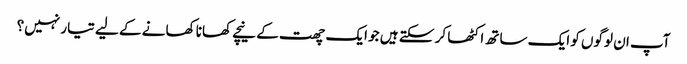
آپ ان لوگوں کو ایک ساتھ اکٹھا کر سکتے ہیں جو ایک چھت کے نیچے کھانا کھانے کے لیے تیار نہیں؟